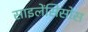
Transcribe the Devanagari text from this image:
साइलेंसिसोस